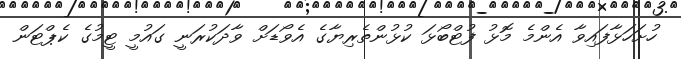
ހުށަހަޅާފައިވާ އެންމެ މޮޅު ފުޓްބޯޅަ ކުޅުންތެރިޔާގެ އެވޯޑަށް ވާދަކުރަނީ ގައުމީ ޓީމުގެ ކެޕްޓަން